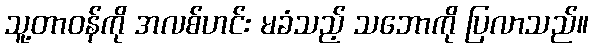
သူ့တာဝန်ကို အလစ်ဟင်း မခံသည့် သဘောကို ပြလာသည်။